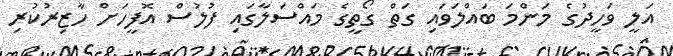
އަލީ ވަހީދުގެ މަންމަ ބައްލަވައި ގަތް ގޯތީގެ މައްސަލާގައި ފުލުސް އޮފީހަށް ހާޒިރުކުރި